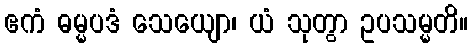
ဧကံ ဓမ္မပဒံ သေယျော၊ ယံ သုတွာ ဥပသမ္မတိ။